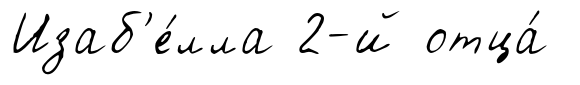
Изаб'е́лла 2-й отца́